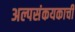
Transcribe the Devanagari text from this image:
अल्पसंकयकाची